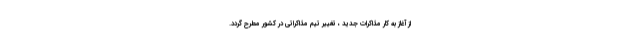
از آغاز به کار مذاکرات جدید ، تغییر تیم مذاکراتی در کشور مطرح گردد.